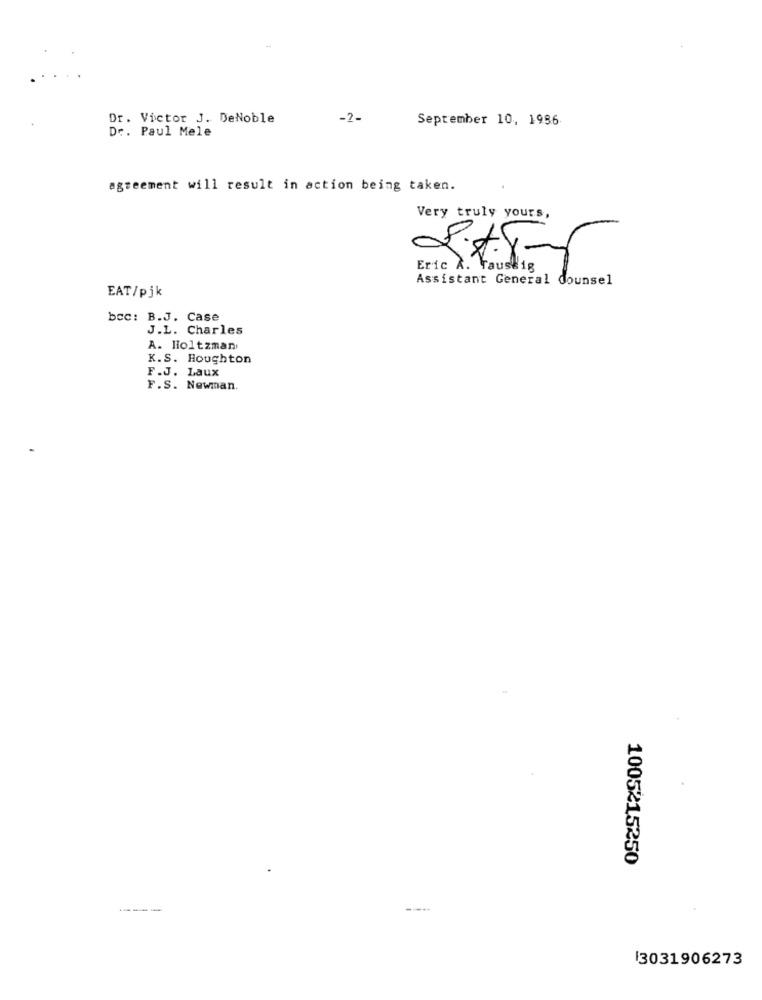
Dr. Victor J. DeNoble
-2-
September 10, 1986
Dr. Paul Mele
agreement will result in action being taken.
Very truly yours,
Eric X. Faust18
Assistant General Counsel
EAT/pjk
bcc: B.J. Case
J.L. Charles
A. Holtzman
K.S. Houghton
F.J. Laux
F.S. Newman.
1005215250
----
13031906273